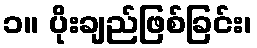
၁။ ပိုးချည်ဖြစ်ခြင်း၊